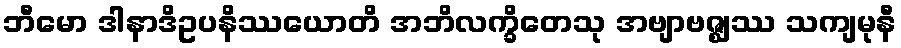
ဘီမော ဒါနာဒိဥပနိဿယောတိ အဘိလက္ခိတေသု အဗျာဗဇ္ဈဿ သကျမုနီ